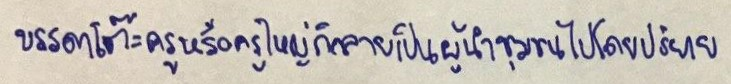
บรรดาโต๊ะครูหรือครูใหญ่ก็กลายเป็นผู้นำชุมชนไปโดยปริยาย